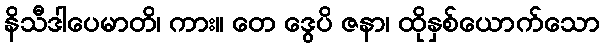
နိသီဒါပေမာတိ၊ ကား။ တေ ဒွေပိ ဇနာ၊ ထိုနှစ်ယောက်သော